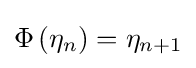
\Phi \left(\eta _{n}\right)=\eta _{n+1}